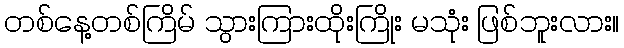
တစ်နေ့တစ်ကြိမ် သွားကြားထိုးကြိုး မသုံး ဖြစ်ဘူးလား။